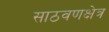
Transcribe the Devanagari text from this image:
साठवणक्षेत्र